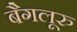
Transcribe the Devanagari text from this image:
बैगलूरु